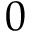
0